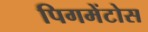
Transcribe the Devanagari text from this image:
पिगमेंटोस